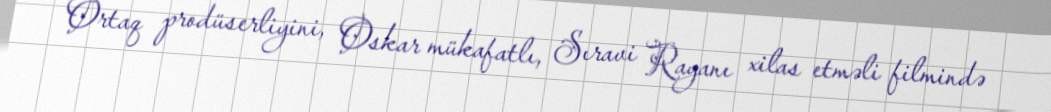
Ortaq prodüserliyini, Oskar mükafatlı, Sıravi Rayanı xilas etməli filmində